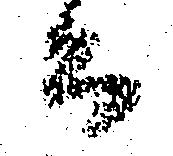
而